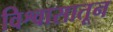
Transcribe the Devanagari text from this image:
विश्वासातून